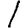
Digit: 1